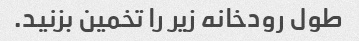
طول رودخانه زیر را تخمین بزنید.